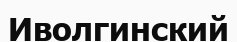
Иволгинский